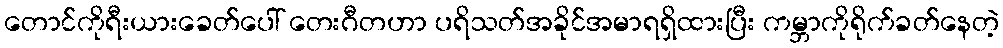
တောင်ကိုရီးယားခေတ်ပေါ် တေးဂီတဟာ ပရိသတ်အခိုင်အမာရရှိထားပြီး ကမ္ဘာကိုရိုက်ခတ်နေတဲ့